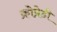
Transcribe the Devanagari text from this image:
क्रोप्रेडी